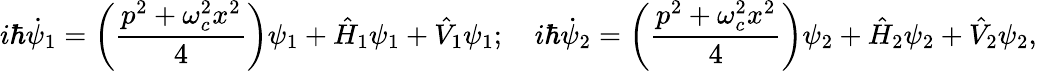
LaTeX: i\hbar\dot{\psi}_{1}=\left(\frac{p^{2}+\omega_{c}^{2}x^{2}}{4}\right)\psi_{1}+\hat{H}_{1}\psi_{1}+\hat{V}_{1}\psi_{1};\quad i\hbar\dot{\psi}_{2}=\left(\frac{p^{2}+\omega_{c}^{2}x^{2}}{4}\right)\psi_{2}+\hat{H}_{2}\psi_{2}+\hat{V}_{2}\psi_{2},